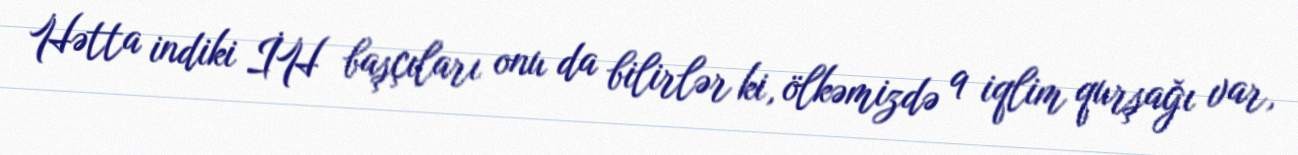
Hətta indiki İH başçıları onu da bilirlər ki, ölkəmizdə 9 iqlim qurşağı var,